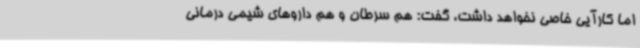
اما کارآیی خاصی نخواهد داشت، گفت: هم سرطان و هم داروهای شیمی درمانی